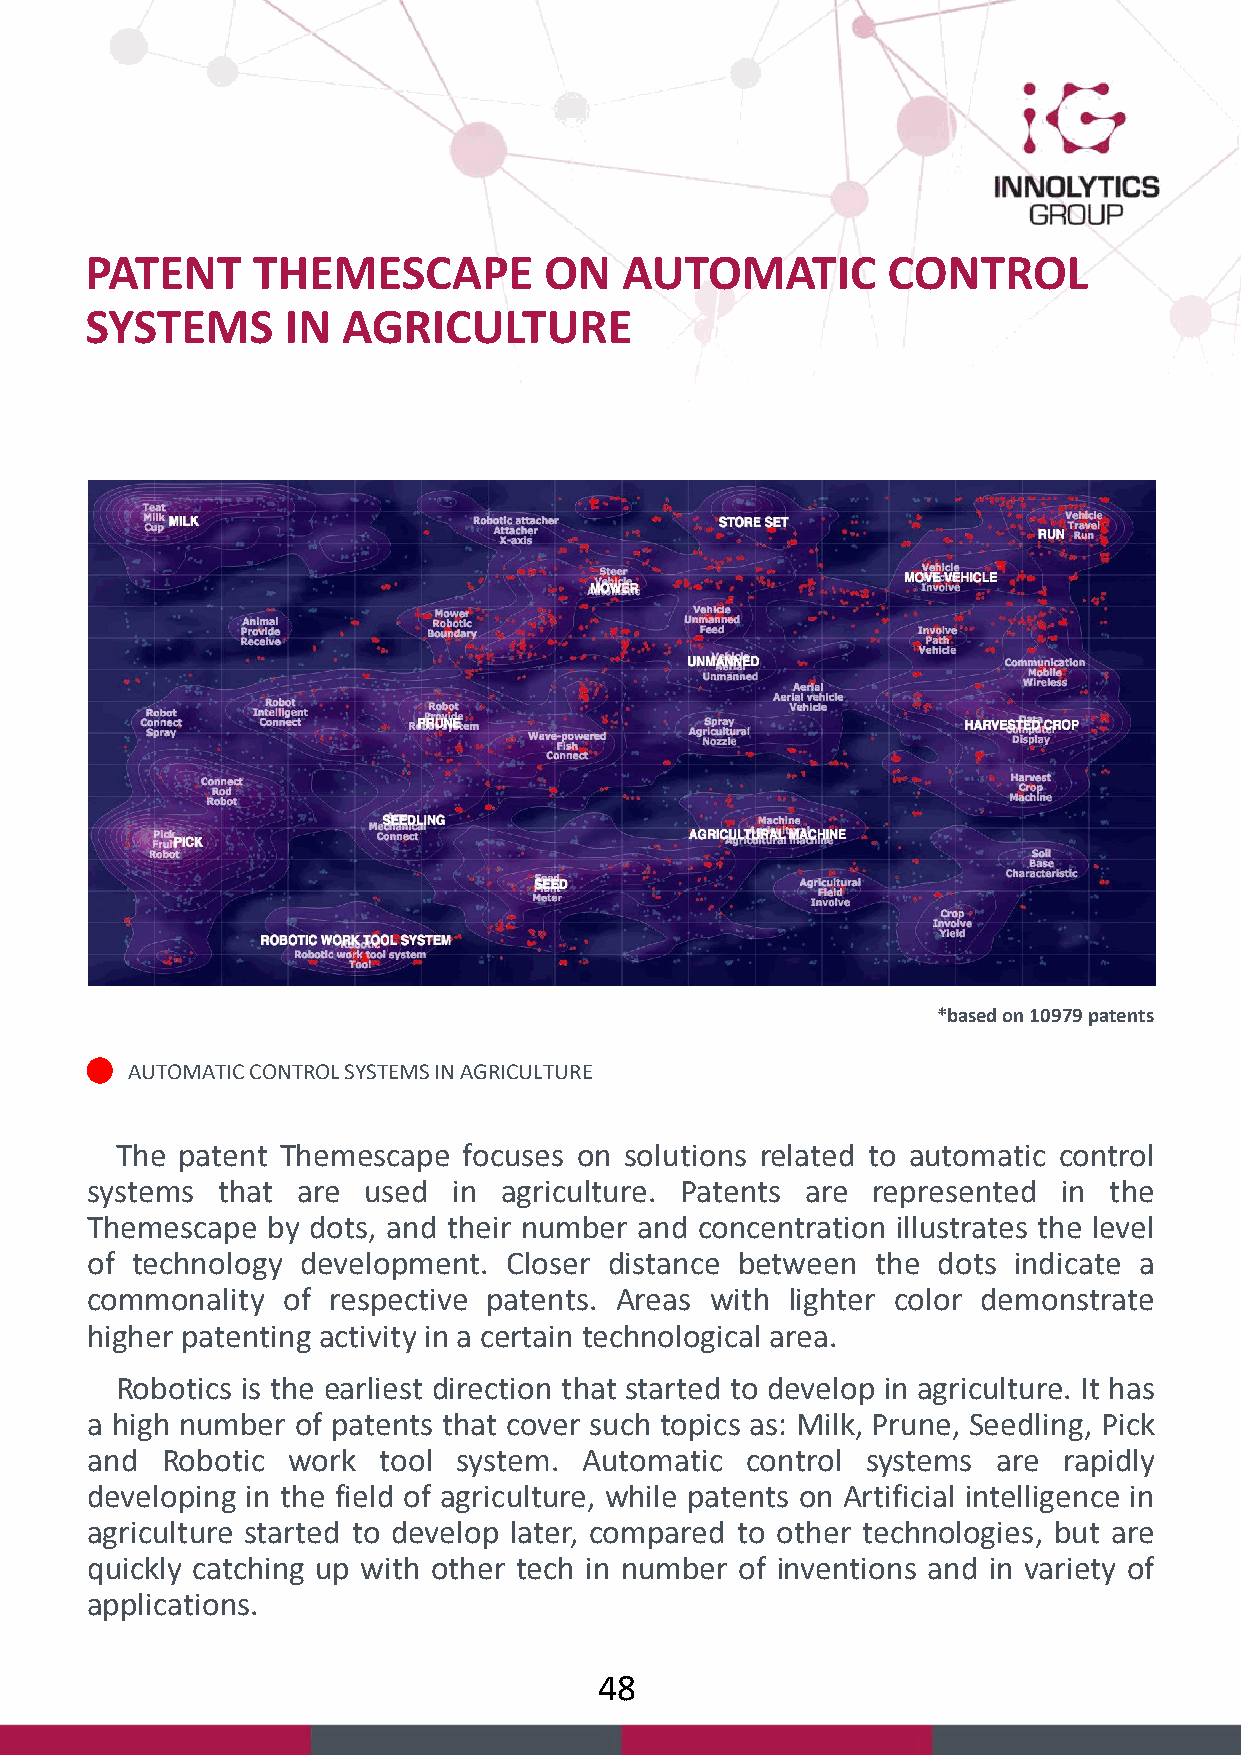
PATENT     THEMESCAPE         ON   AUTOMATIC         CONTROL
 SYSTEMS      IN  AGRICULTURE
 *based on 10979 patents
 AUTOMATIC CONTROL SYSTEMS IN AGRICULTURE
 The patent Themescape  focuses on solutions related to automatic control
 systems that  are used  in agriculture. Patents are represented in the
 Themescape  by dots, and their number and concentration illustrates the level
 of technology development. Closer distance between  the dots indicate a
 commonality  of respective patents. Areas with lighter color demonstrate
 higher patenting activity in a certain technological area.
 Robotics is the earliest direction that started to develop in agriculture. It has
 a high number of patents that cover such topics as: Milk, Prune, Seedling, Pick
 and  Robotic work  tool system.  Automatic control systems  are rapidly
 developing in the field of agriculture, while patents on Artificial intelligence in
 agriculture started to develop later, compared to other technologies, but are
 quickly catching up with other tech in number of inventions and in variety of
 applications.
 48